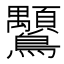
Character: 𲍪